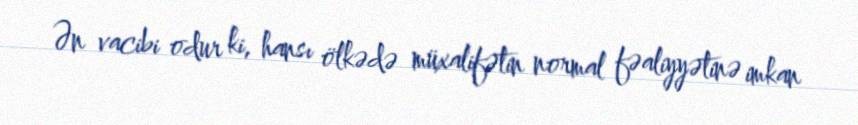
Ən vacibi odur ki, hansı ölkədə müxalifətin normal fəaliyyətinə imkan